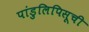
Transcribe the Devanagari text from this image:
पांडुलिपिसूची